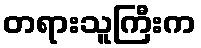
တရားသူကြီးက